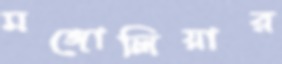
মঙ্গোলিয়ার